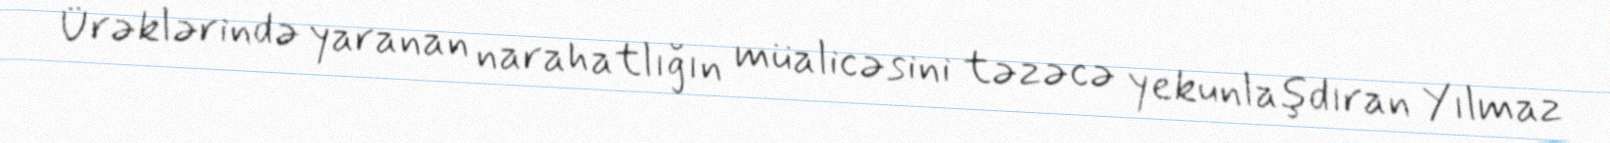
Ürəklərində yaranan narahatlığın müalicəsini təzəcə yekunlaşdıran Yılmaz